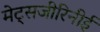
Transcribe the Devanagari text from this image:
मेट्सजीरिनीई